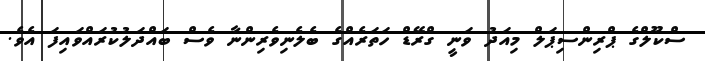
ސްކޫލްގެ ޕްރިންސިޕަލް މިއަދު ވަނީ ގްރޭޑް ހަތަރެއްގެ ބެލެނިވެރިންނާ ވެސް ބައްދަލުކުރައްވައިފަ އެވެ.